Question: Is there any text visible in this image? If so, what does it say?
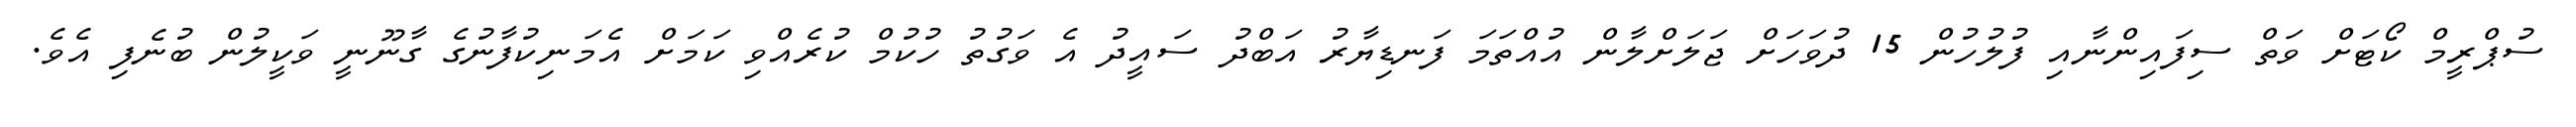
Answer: ސުޕްރީމް ކޯޓަށް ވަތް ސިފައިންނާއި ފުލުހުން 15 ދުވަހަށް ޖަލަށްލާން އުއްތަމަ ފަނޑިޔާރު އަބްދު ސައީދު އެ ވަގުތު ހުކުމް ކުރެއްވި ކަމަށް އެމަނިކުފާނުގެ ގާނޫނީ ވަކީލުން ބުނެފި އެވެ.